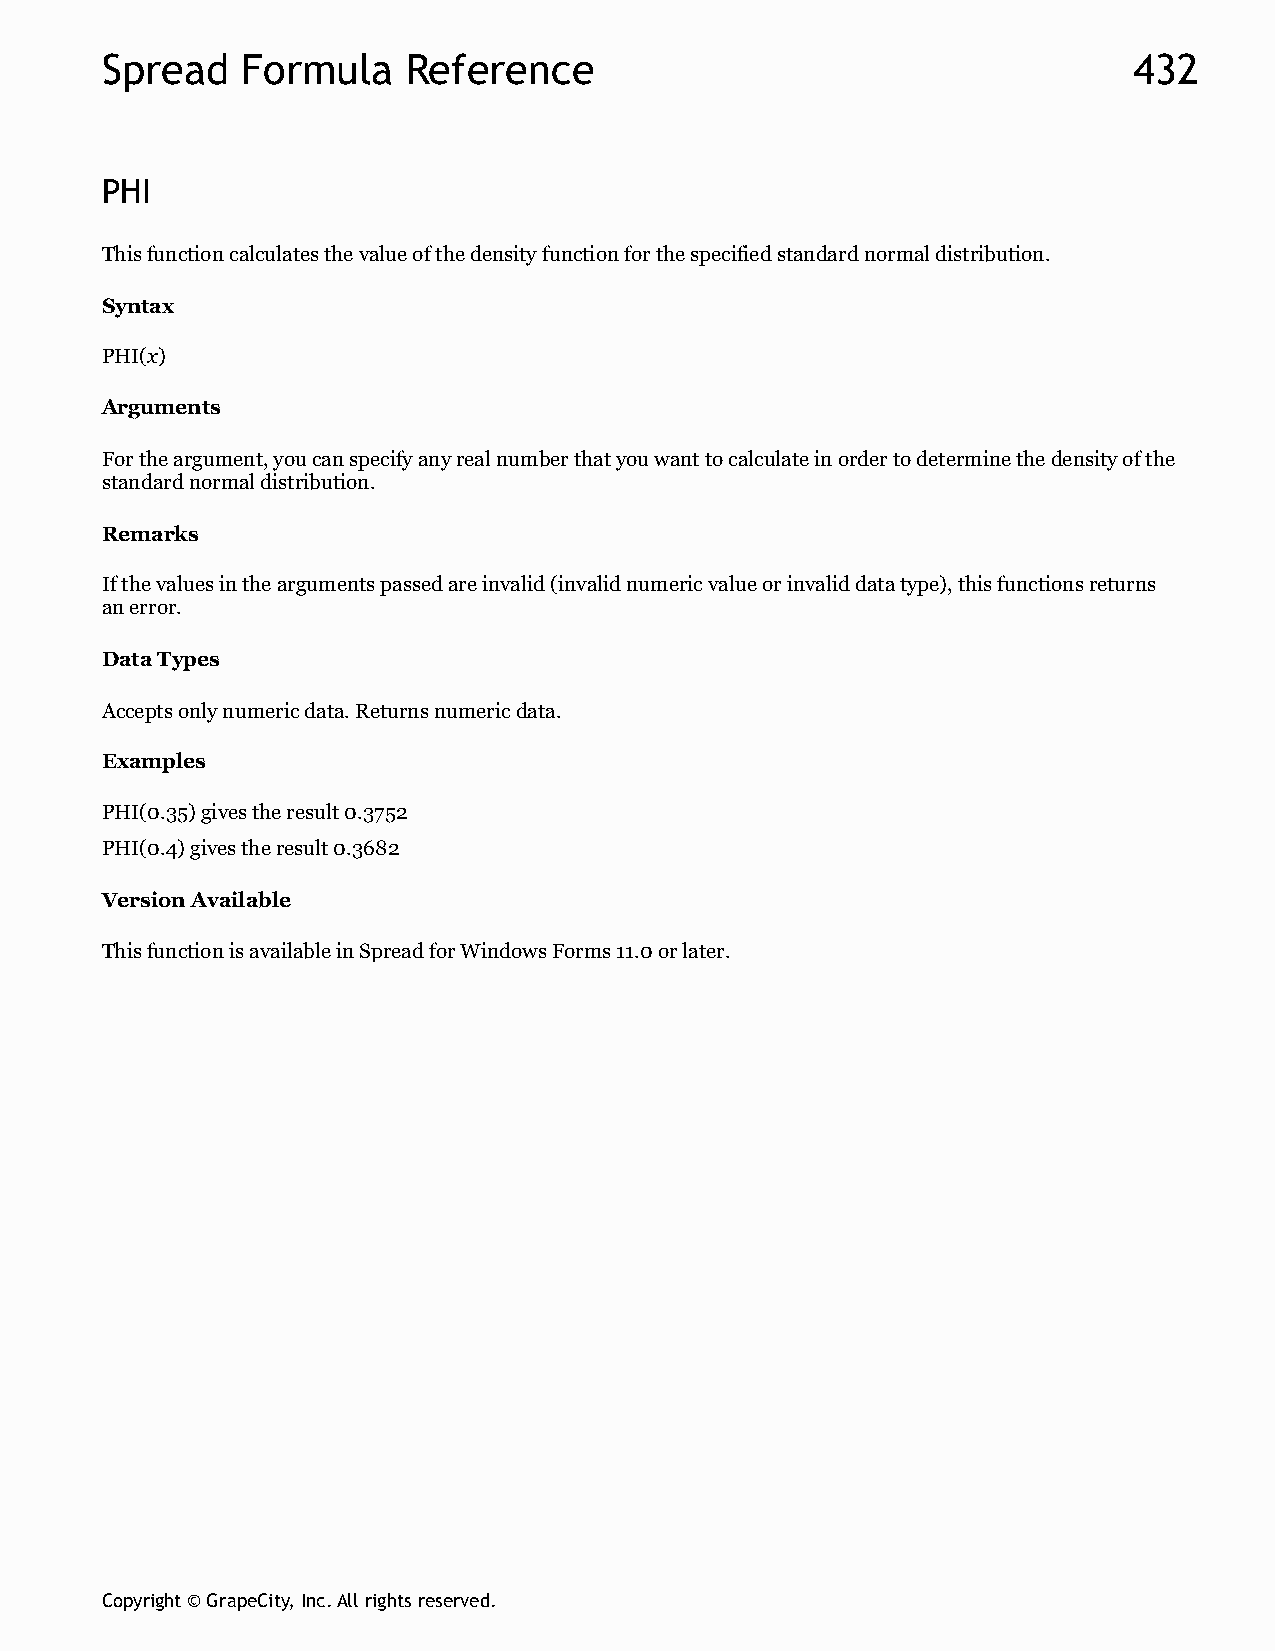
Spread   Formula    Reference                                       432
 PHI
 This function calculates the value of the density function for the specified standard normal distribution.
 Syntax
 PHI(x)
 Arguments
 For the argument, you can specify any real number that you want to calculate in order to determine the density of the
 standard normal distribution.
 Remarks
 If the values in the arguments passed are invalid (invalid numeric value or invalid data type), this functions returns
 an error.
 Data Types
 Accepts only numeric data. Returns numeric data.
 Examples
 PHI(0.35) gives the result 0.3752
 PHI(0.4) gives the result 0.3682
 Version Available
 This function is available in Spread for Windows Forms 11.0 or later.
 Copyright © GrapeCity, Inc. All rights reserved.